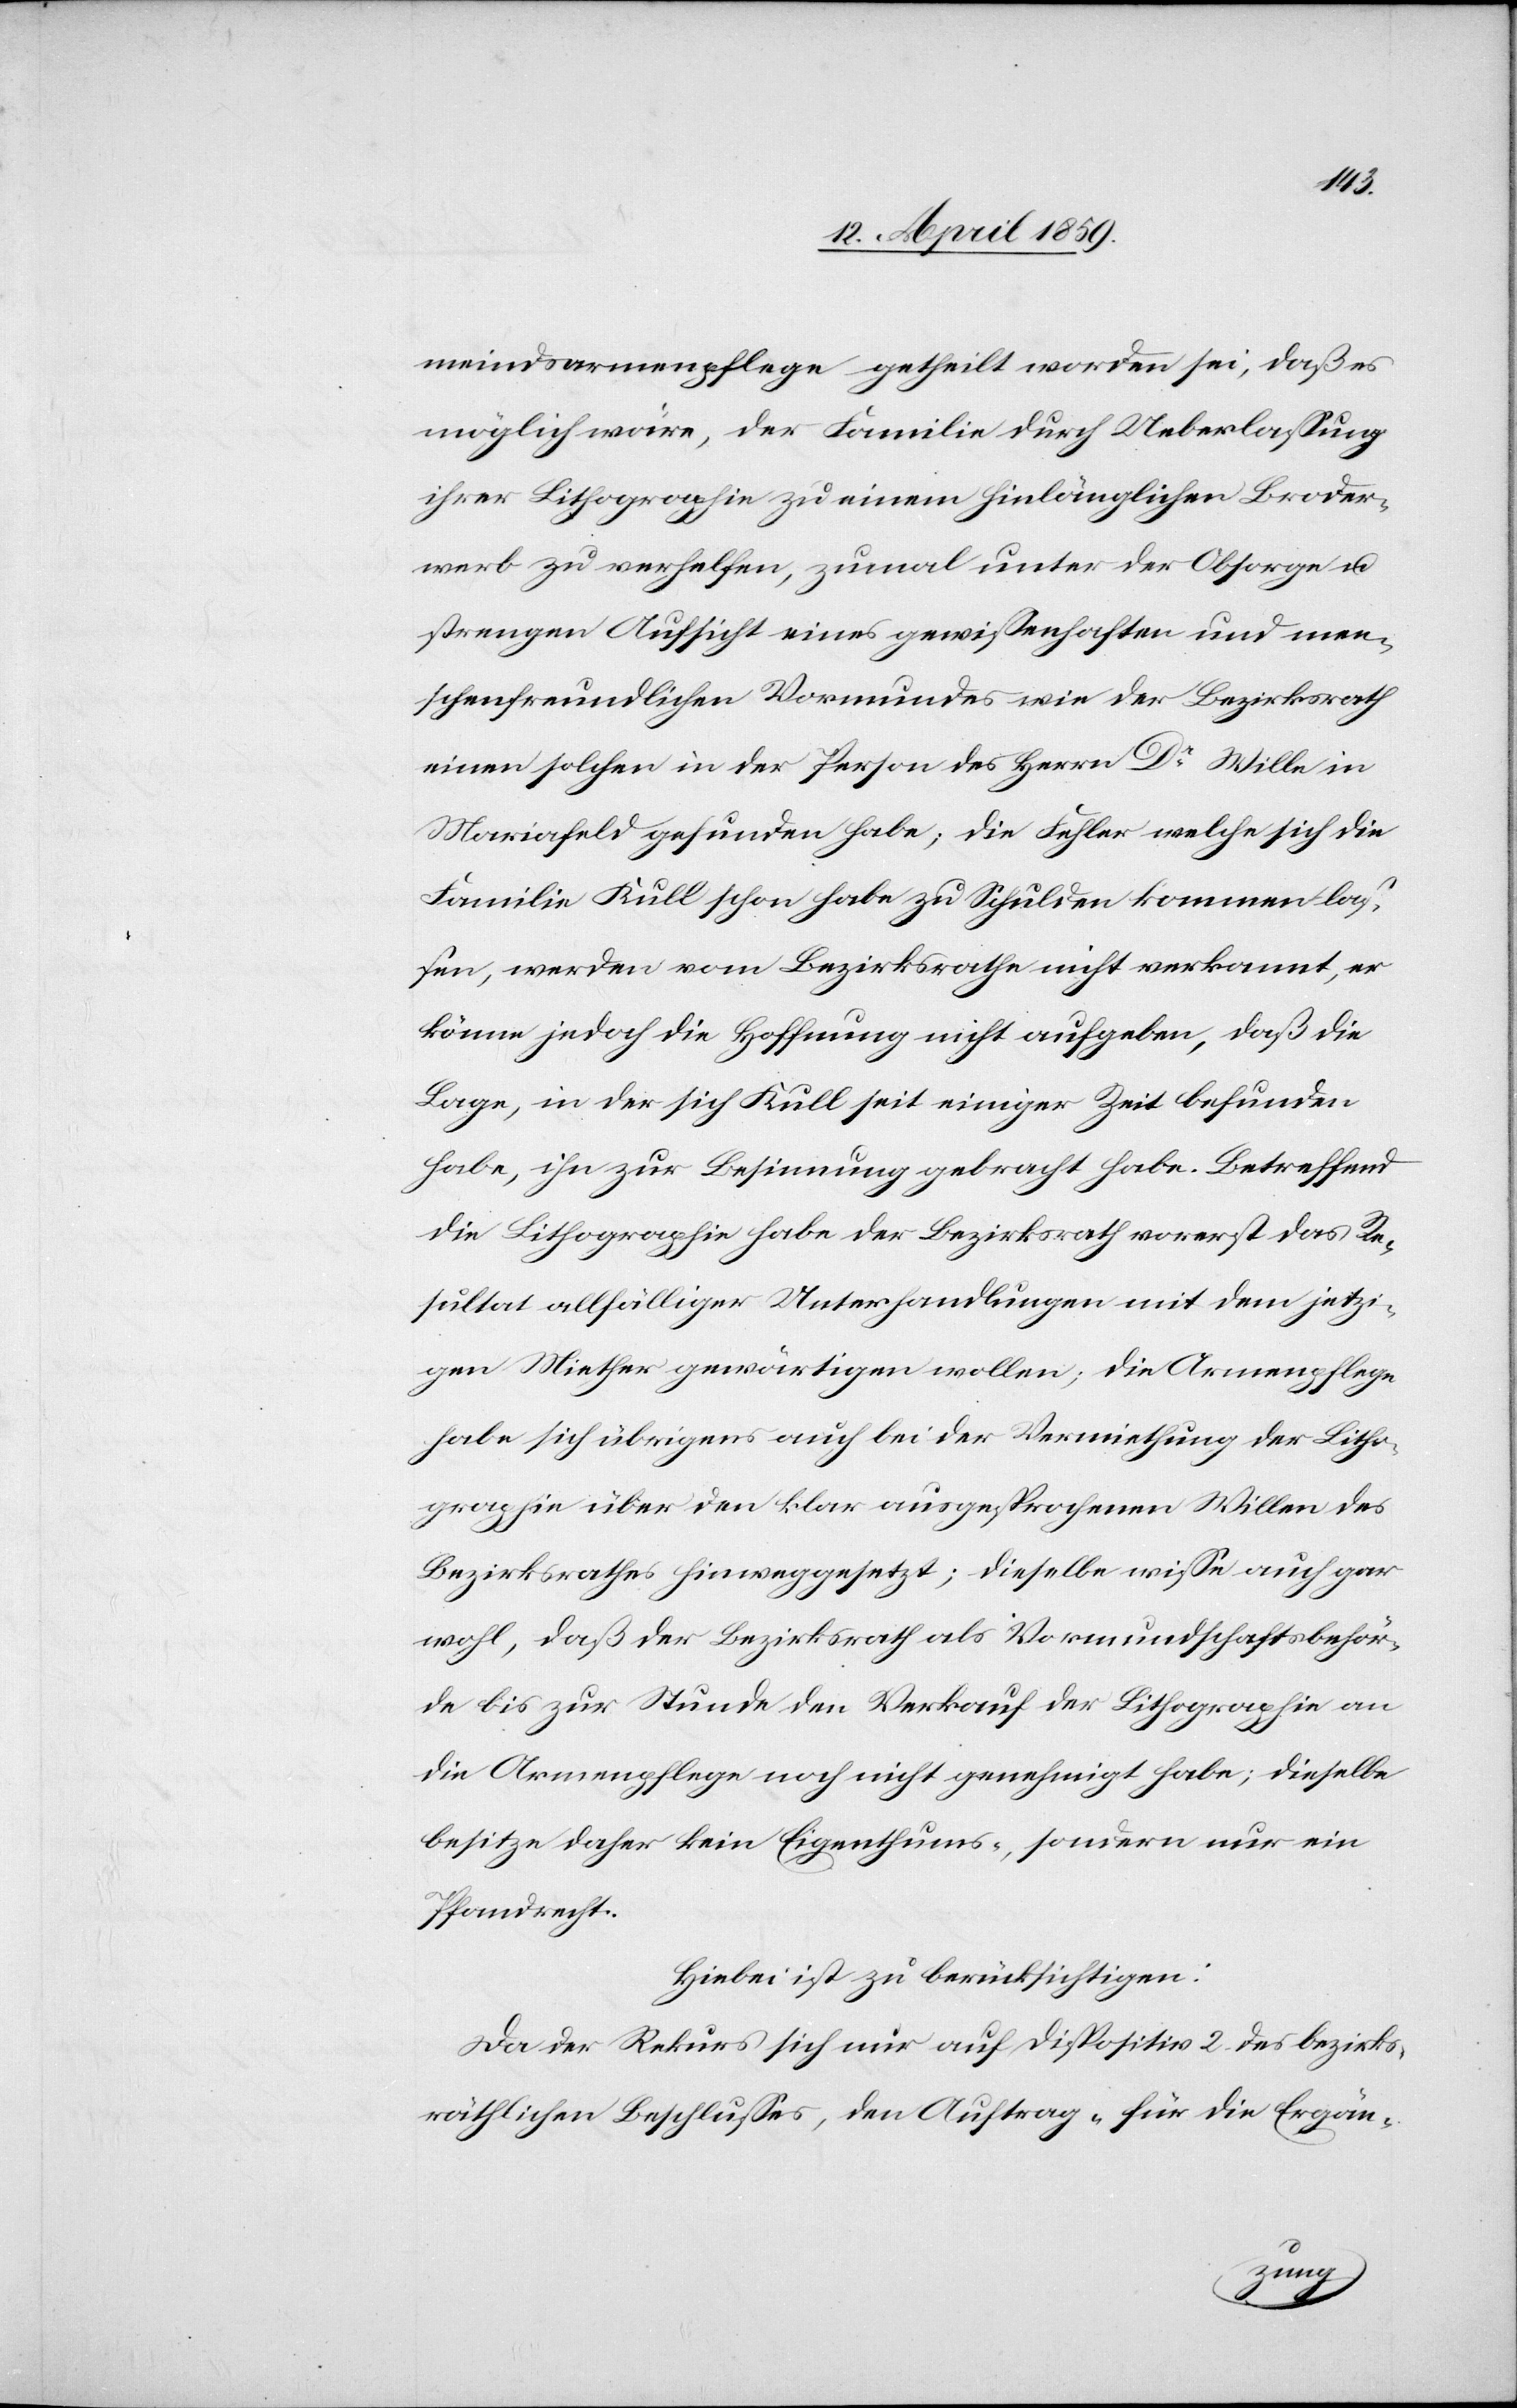
meindsarmenpflege getheilt worden sei, daß es
möglich wäre, der Familie durch Ueberlaßung
ihrer Lithographie zu einem hinlänglichen Broder¬
werb zu verhelfen, zumal unter der Obsorge u.
strengen Aufsicht eines gewißenhaften und men¬
schenfreundlichen Vormundes wie der Bezirksrath
einen solchen in der Person der Herrn Dr. Wille in
Mariafeld gefunden habe; die Fehler welche sich die
Familie Kull schon habe zu Schulden kommen laß¬
en, werden vom Bezirksrathe nicht verkannt, er
könne jedoch die Hoffnung nicht aufgeben, daß die
Lage, in der sich Kull seit einiger Zeit befunden
habe, ihn zur Besinnung gebracht habe. Betreffend
die Lithographie habe der Bezirksrath vorerst das Re¬
sultat allfälliger Unterhandlungen mit dem jetzi¬
gen Miether gewärtigen wollen; die Armenpflege
habe sich übrigens auch bei der Vermiethung der Litho¬
graphie über den klar ausgesprochenen Willen des
Bezirksrathes hinweggesetzt; dieselbe wiße auch gar
wohl, daß der Bezirksrath als Vormundschaftsbehör¬
de bis zur Stunde den Verkauf der Lithographie an
die Armenpflege noch nicht genehmigt habe; dieselbe
besitze daher kein Eigenthums-, sondern nur eine
Pfandrecht.
Hiebei ist zu berücksichtigen:
Da der Rekurs sich nur auf Dispositiv 2. des bezirks¬
räthlichen Beschlußes, den Auftrag „für die Ergän-